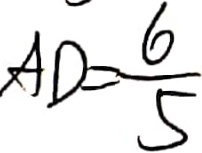
A D = \frac { 6 } { 5 }